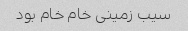
سیب زمینی خام خام بود